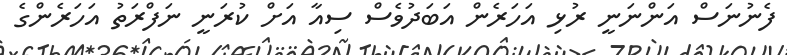
ފެނުނަސް އަންނަނީ ރުޅި އަހަރެން އަބަދުވެސް ސިއާ އަށް ކުރަނީ ނަފްރަތު އަހަރެންގެ